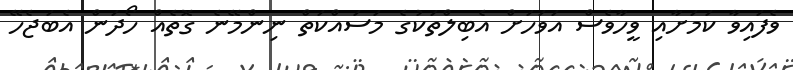
ވެފައިވާ ކަމަށާއި ވީހާވެސް އަވަހަށް އެބިލްތަކުގެ މަސައްކަތް ނިންމޭނެ ގޮތެއް ހޯދަން އެބަޖެހޭ